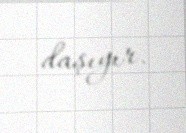
daşıyır.